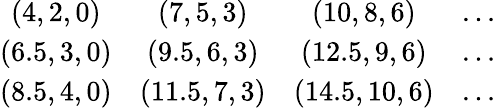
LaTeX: \begin{array}{cccc}{{(4,2,0)}}&{{(7,5,3)}}&{{(10,8,6)}}&{{...}}\\ {{(6.5,3,0)}}&{{(9.5,6,3)}}&{{(12.5,9,6)}}&{{...}}\\ {{(8.5,4,0)}}&{{(11.5,7,3)}}&{{(14.5,10,6)}}&{{...}}\end{array}